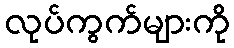
လုပ်ကွက်များကို